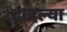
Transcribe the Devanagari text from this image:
दादल्या